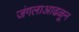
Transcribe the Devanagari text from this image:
जंगलाआढळून